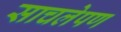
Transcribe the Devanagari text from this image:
साचलेपण